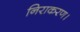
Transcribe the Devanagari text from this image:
निराकरण।